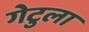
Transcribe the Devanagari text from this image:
गेटुला